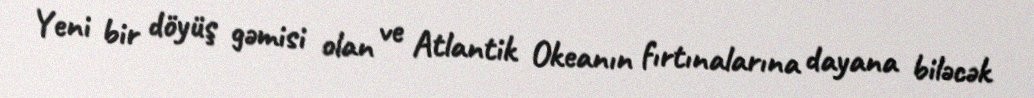
Yeni bir döyüş gəmisi olan ve Atlantik Okeanın fırtınalarına dayana biləcək